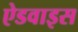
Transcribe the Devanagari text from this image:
ऐडवाइस